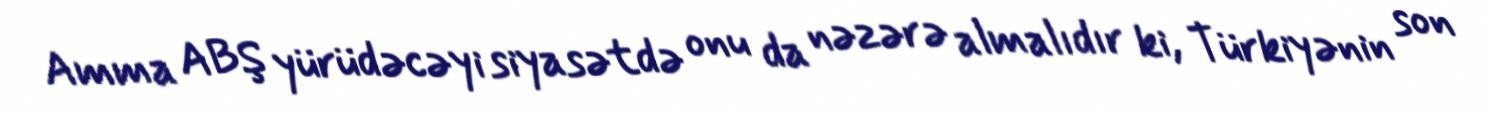
Amma ABŞ yürüdəcəyi siyasətdə onu da nəzərə almalıdır ki, Türkiyənin son